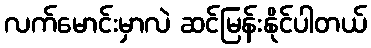
လက်မောင်းမှာလဲ ဆင်မြန်းနိုင်ပါတယ်